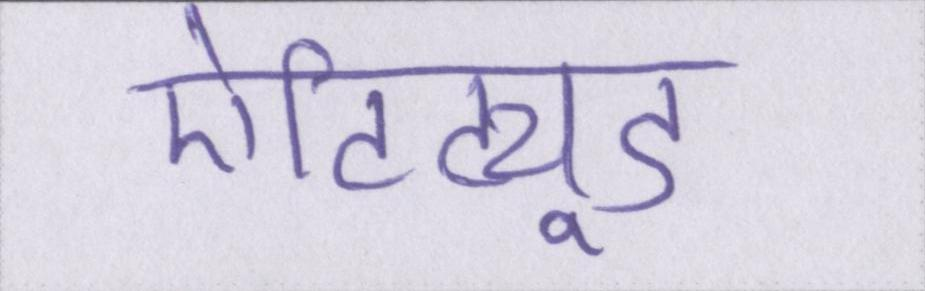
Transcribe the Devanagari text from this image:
ऐटिट्यूड